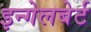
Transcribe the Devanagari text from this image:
इन्गेलबेर्ट